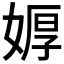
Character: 𮱎